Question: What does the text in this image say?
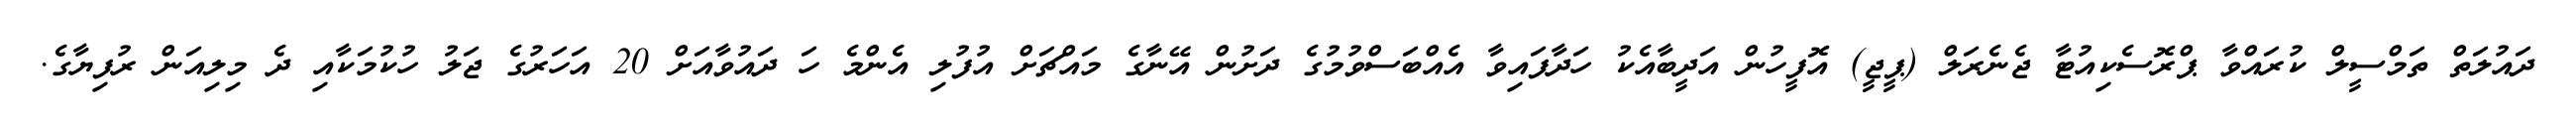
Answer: ދައުލަތް ތަމްސީލް ކުރައްވާ ޕްރޮސެކިއުޓާ ޖެނެރަލް (ޕީޖީ) އޮފީހުން އަދީބާއެކު ހަދާފައިވާ އެއްބަސްވުމުގެ ދަށުން އޭނާގެ މައްޗަށް އުފުލި އެންމެ ހަ ދައުވާއަށް 20 އަހަރުގެ ޖަލު ހުކުމަކާއި ދެ މިލިއަން ރުފިޔާގެ.